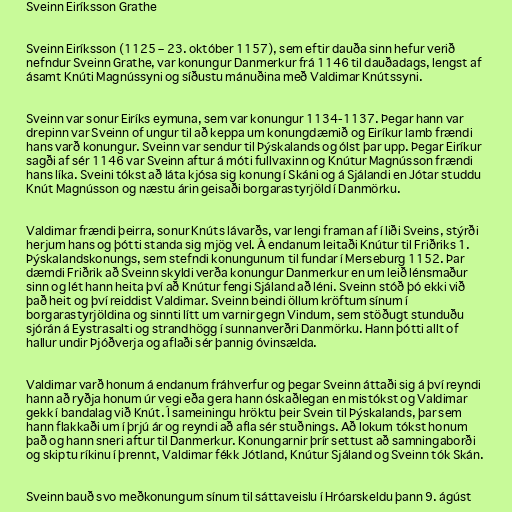
Sveinn Eiríksson Grathe

Sveinn Eiríksson (1125 – 23. október 1157), sem eftir dauða sinn hefur verið
nefndur Sveinn Grathe, var konungur Danmerkur frá 1146 til dauðadags, lengst af
ásamt Knúti Magnússyni og síðustu mánuðina með Valdimar Knútssyni.

Sveinn var sonur Eiríks eymuna, sem var konungur 1134-1137. Þegar hann var
drepinn var Sveinn of ungur til að keppa um konungdæmið og Eiríkur lamb frændi
hans varð konungur. Sveinn var sendur til Þýskalands og ólst þar upp. Þegar Eiríkur
sagði af sér 1146 var Sveinn aftur á móti fullvaxinn og Knútur Magnússon frændi
hans líka. Sveini tókst að láta kjósa sig konung í Skáni og á Sjálandi en Jótar studdu
Knút Magnússon og næstu árin geisaði borgarastyrjöld í Danmörku.

Valdimar frændi þeirra, sonur Knúts lávarðs, var lengi framan af í liði Sveins, stýrði
herjum hans og þótti standa sig mjög vel. Á endanum leitaði Knútur til Friðriks 1.
Þýskalandskonungs, sem stefndi konungunum til fundar í Merseburg 1152. Þar
dæmdi Friðrik að Sveinn skyldi verða konungur Danmerkur en um leið lénsmaður
sinn og lét hann heita því að Knútur fengi Sjáland að léni. Sveinn stóð þó ekki við
það heit og því reiddist Valdimar. Sveinn beindi öllum kröftum sínum í
borgarastyrjöldina og sinnti lítt um varnir gegn Vindum, sem stöðugt stunduðu
sjórán á Eystrasalti og strandhögg í sunnanverðri Danmörku. Hann þótti allt of
hallur undir Þjóðverja og aflaði sér þannig óvinsælda.

Valdimar varð honum á endanum fráhverfur og þegar Sveinn áttaði sig á því reyndi
hann að ryðja honum úr vegi eða gera hann óskaðlegan en mistókst og Valdimar
gekk í bandalag við Knút. Í sameiningu hröktu þeir Svein til Þýskalands, þar sem
hann flakkaði um í þrjú ár og reyndi að afla sér stuðnings. Að lokum tókst honum
það og hann sneri aftur til Danmerkur. Konungarnir þrír settust að samningaborði
og skiptu ríkinu í þrennt, Valdimar fékk Jótland, Knútur Sjáland og Sveinn tók Skán.

Sveinn bauð svo meðkonungum sínum til sáttaveislu í Hróarskeldu þann 9. ágúst